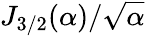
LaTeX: J_{\mathrm{3/2}}({\alpha})/{\sqrt{\alpha}}